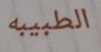
الطبيبه